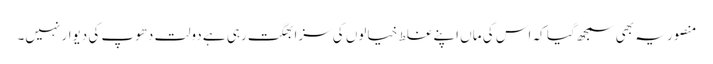
منصور یہ بھی سمجھ گیا کہ اس کی ماں اپنے غلط خیالوں کی سزا بھگت رہی ہے دولت دھوپ کی دیوار نہیں۔